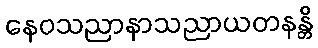
နေဝသညာနာသညာယတနန္တိ